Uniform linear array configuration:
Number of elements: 12
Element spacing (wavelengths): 0.25
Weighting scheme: exponential
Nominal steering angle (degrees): -15
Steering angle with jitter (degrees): -16.434
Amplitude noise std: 0.05
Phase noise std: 0.05

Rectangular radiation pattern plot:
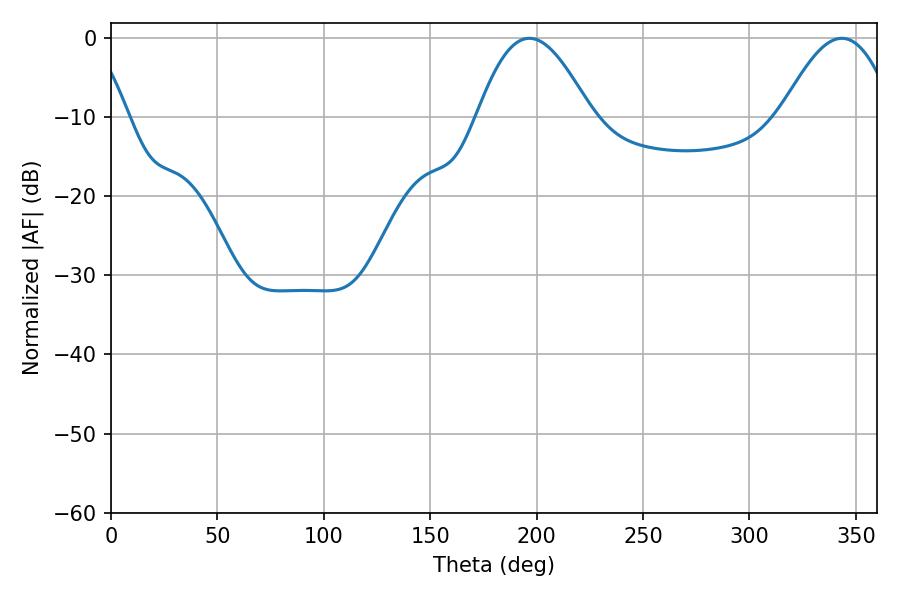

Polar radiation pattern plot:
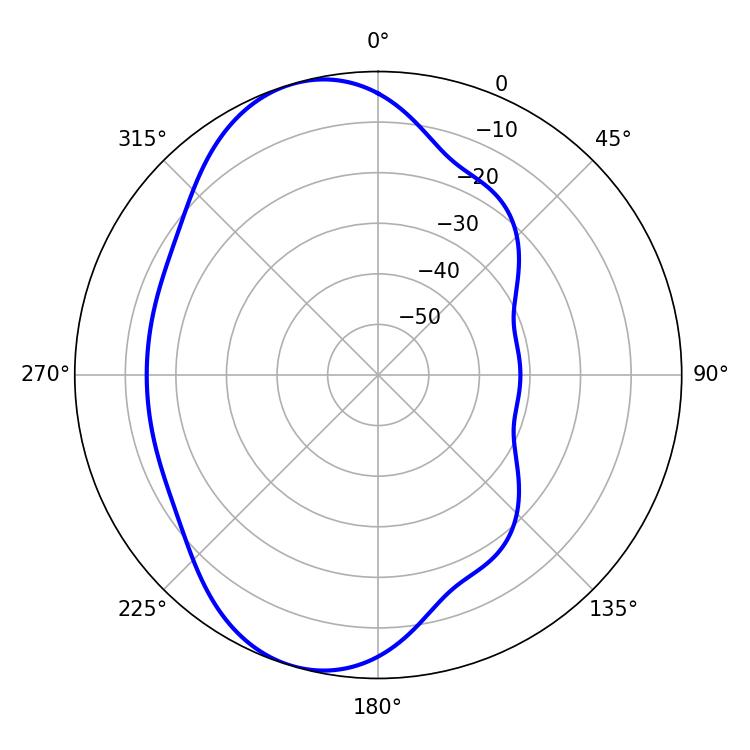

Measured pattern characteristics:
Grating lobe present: FALSE
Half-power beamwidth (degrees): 28.98
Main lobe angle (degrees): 196.56